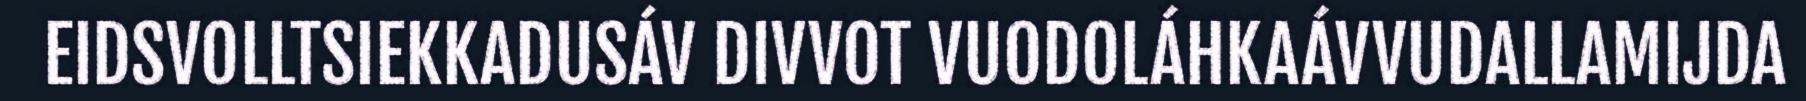
EIDSVOLLTSIEKKADUSÁV DIVVOT VUODOLÁHKAÁVVUDALLAMIJDA